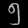
Digit: ၅